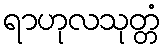
ရာဟုလသုတ္တံ